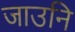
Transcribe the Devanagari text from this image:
जाउनि